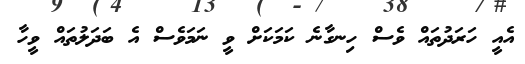
އެއީ ހަރަދުތައް ވެސް ހިނގާނެ ކަމަކަށް ވީ ނަމަވެސް އެ ބަދަލުތައް ވީހާ